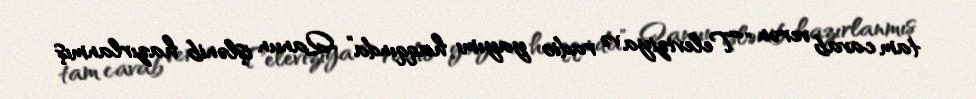
tam cavab verən “Televiziya və radio yayımı haqqında” Qanun işlənib hazırlanmış